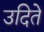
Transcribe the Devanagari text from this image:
उदिते